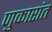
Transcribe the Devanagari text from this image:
णुकारांत